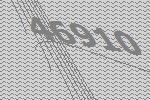
46910